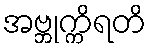
အဗ္ဘုက္ကိရတိ